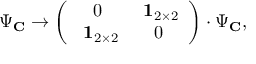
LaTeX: \Psi _ { \bf C } \rightarrow \left( \begin{array} { c c } { { 0 } } & { { \mathrm { { \bf ~ 1 } } _ { 2 \times 2 } } } \\ { { \mathrm { { \bf ~ 1 } } _ { 2 \times 2 } } } & { { 0 } } \end{array} \right) \cdot \Psi _ { \bf C } ,